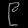
Digit: ၉